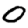
Digit: 0